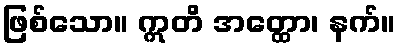
ဖြစ်သော။ ဣတိ အတ္ထော၊ နက်။